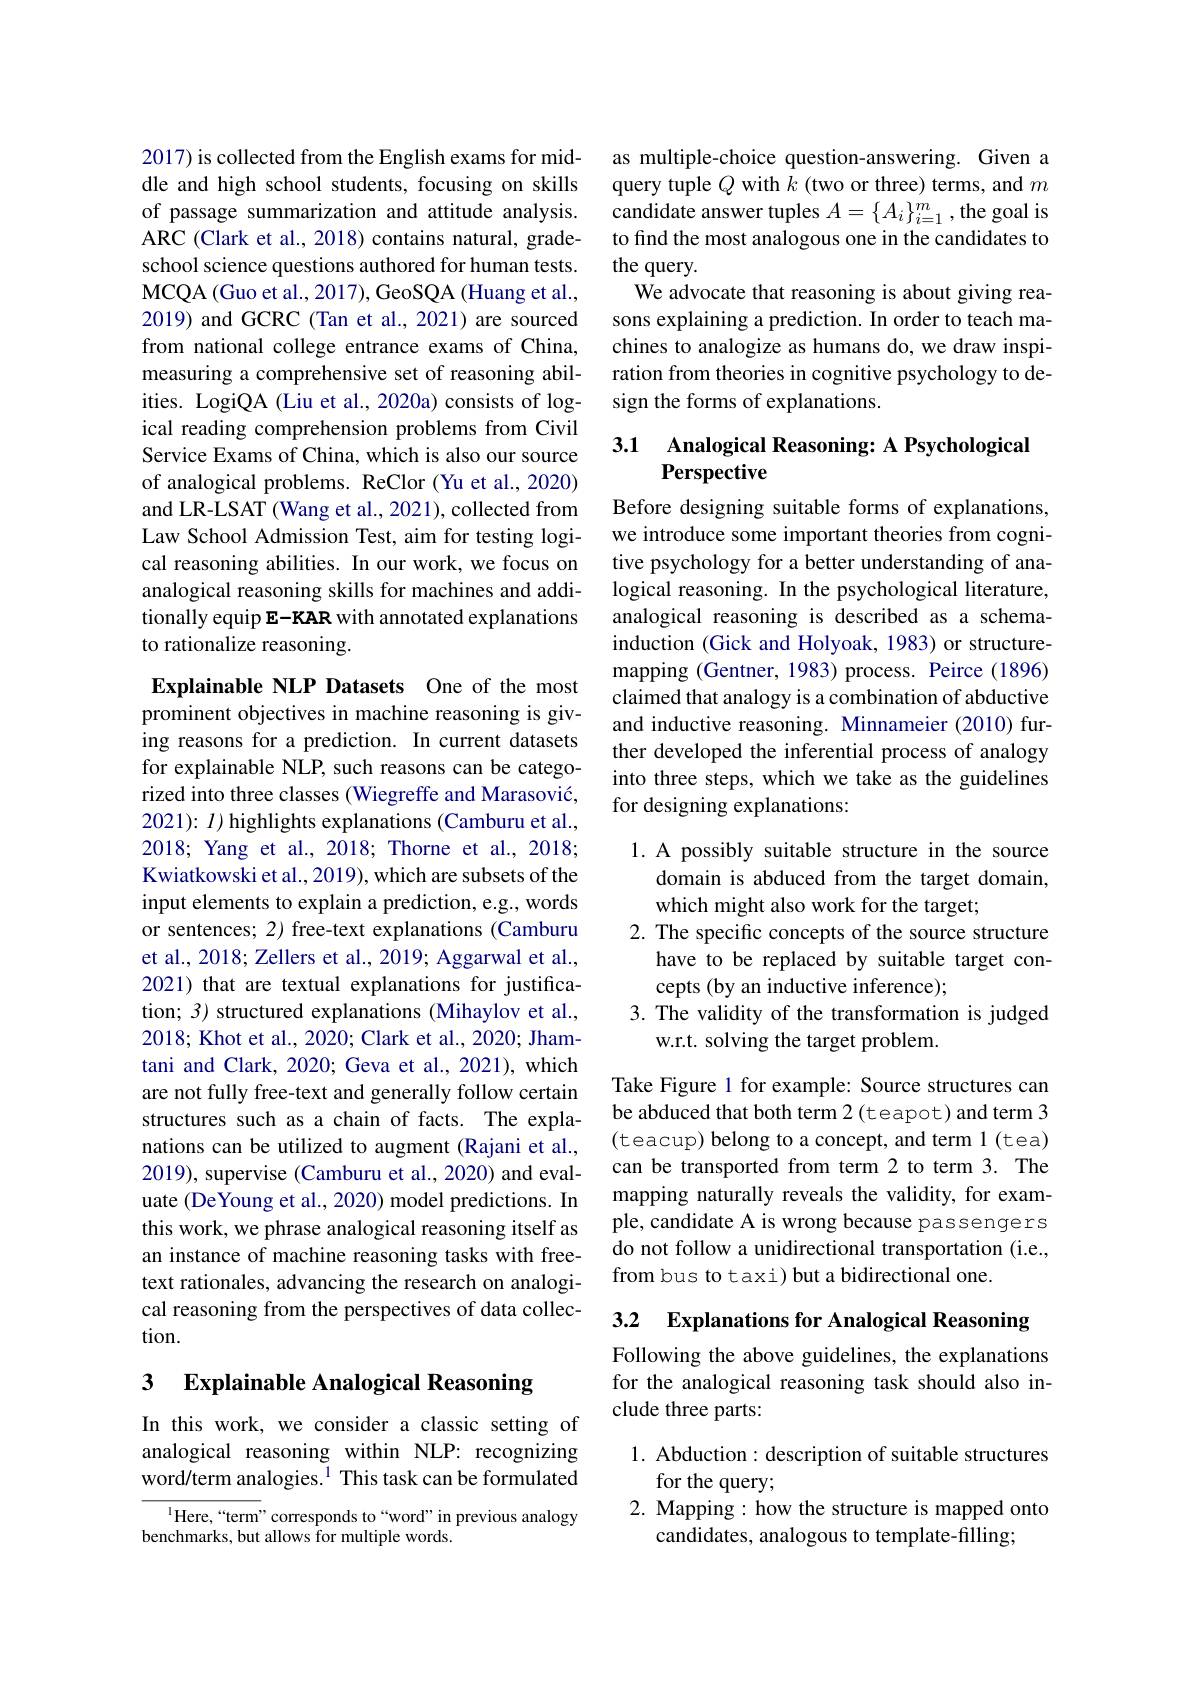
2017) is collected from the English exams for middle and high school students, focusing on skills of passage summarization and attitude analysis. ARC (Clark et al., 2018) contains natural, gradeschool science questions authored for human tests. MCQA ( Guo et al. , 2017) , GeoSQA ( Huang et al. , 2019) and GCRC (Tan et al., 2021) are sourced from national college entrance exams of China, measuring a comprehensive set of reasoning abilities. LogiQA (Liu et al., 2020a) consists of logical reading comprehension problems from Civil Service Exams of China, which is also our source of analogical problems. ReClor (Yu et al., 2020) and LR-LSAT (Wang et al., 2021), collected from Law School Admission Test, aim for testing logical reasoning abilities. In our work, we focus on analogical reasoning skills for machines and additionally equip E-KAR with annotated explanations to rationalize reasoning.

Explainable NLP Datasets One of the most prominent objectives in machine reasoning is giving reasons for a prediction. In current datasets for explainable NLP, such reasons can be categorized into three classes (Wiegreffe and Marasović, 2021): $I)$ highlights explanations (Camburu et al., 2018; Yang et al., 2018; Thorne et al., 2018; Kwiatkowski et al., 2019), which are subsets of the input elements to explain a prediction, e.g., words or sentences; 2) free-text explanations (Camburu et al., 2018; Zellers et al., 2019; Aggarwal et al., 2021) that are textual explanations for justification; 3) structured explanations (Mihaylov et al., 2018; Khot et al., 2020; Clark et al., 2020; Jhamtani and Clark, 2020; Geva et al., 2021), which are not fully free-text and generally follow certain structures such as a chain of facts. The explanations can be utilized to augment (Rajani et al., 2019), supervise (Camburu et al., 2020) and evaluate (DeYoung et al., 2020) model predictions. In this work, we phrase analogical reasoning itself as an instance of machine reasoning tasks with freetext rationales, advancing the research on analogical reasoning from the perspectives of data collection.

3 Explainable Analogical Reasoning

In this work, we consider a classic setting of analogical reasoning within NLP: recognizing word/term analogies.$^{1}$ This task can be formulated

$^{1}$Here,“term”corresponds to“word”in previous analogy
benchmarks, but allows for multiple words.

as multiple-choice question-answering. Given a query tuple $Q$ with $k$ (two or three) terms, and $m$ candidate answer tuples $A=\{A_i\}_{i=1}^m$,the goal is to find the most analogous one in the candidates to the query.
We advocate that reasoning is about giving reasons explaining a prediction. In order to teach machines to analogize as humans do, we draw inspiration from theories in cognitive psychology to design the forms of explanations.

## 3.1 Analogical Reasoning: A Psychological Perspective

Before designing suitable forms of explanations, we introduce some important theories from cognitive psychology for a better understanding of analogical reasoning. In the psychological literature, analogical reasoning is described as a schemainduction (Gick and Holyoak, 1983) or structuremapping (Gentner, 1983) process. Peirce (1896) claimed that analogy is a combination of abductive and inductive reasoning. Minnameier (2010) further developed the inferential process of analogy into three steps, which we take as the guidelines for designing explanations:

1. A possibly suitable structure in the source
domain is abduced from the target domain,
which might also work for the target;
2. The specific concepts of the source structure
have to be replaced by suitable target con-
cepts (by an inductive inference);
3. The validity of the transformation is judged
w.r.t. solving the target problem.

Take Figure 1 for example: Source structures can be abduced that both term 2(teapot) and term 3 (teacup)belong to a concept, and term 1 (tea) can be transported from term 2 to term 3. The mapping naturally reveals the validity, for example, candidate A is wrong because passengers do not follow a unidirectional transportation (i.e., from bus to taxi) but a bidirectional one.

3.2 Explanations for Analogical Reasoning

Following the above guidelines, the explanations for the analogical reasoning task should also include three parts:

1. Abduction: description of suitable structures
for the query;

2. Mapping : how the structure is mapped onto
candidates, analogous to template-filling;